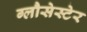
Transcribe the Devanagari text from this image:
ग्लौसेस्टेर